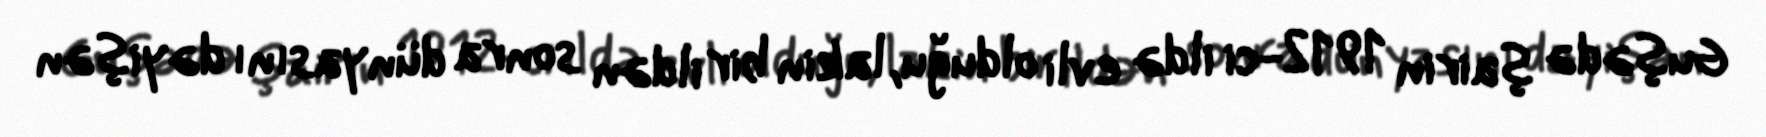
Guşədə şairin 1912-ci ildə evli olduğu, lakin bir ildən sonra dünyasını dəyişən